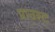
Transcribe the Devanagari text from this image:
प्राउस्ट